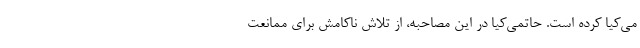
می‌کیا کرده است. حاتمی‌کیا در این مصاحبه، از تلاش ناکامش برای ممانعت